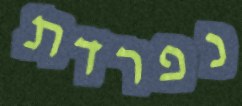
נפרדת